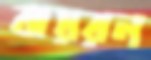
বায়রন